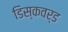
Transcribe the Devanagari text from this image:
डिस्कवर्ड